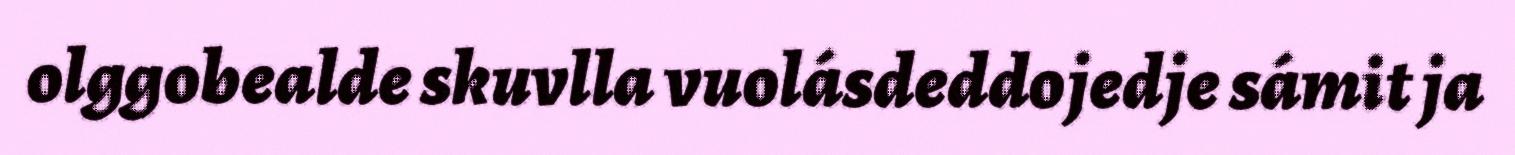
olggobealde skuvlla vuolásdeddojedje sámit ja